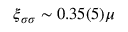
\xi _ { \sigma \sigma } \sim 0 . 3 5 ( 5 ) \mu